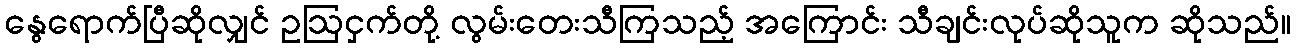
နွေရောက်ပြီဆိုလျှင် ဥဩငှက်တို့ လွမ်းတေးသီကြသည့် အကြောင်း သီချင်းလုပ်ဆိုသူက ဆိုသည်။